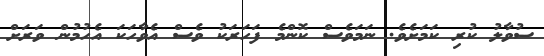
ސުވާލު ކުރި ކަމަށެވެ. ނަމަވެސް ކޮންމެ ފަހަރަކު ވެސް އެވާހަކަ އެހުމުން ވަރަށް